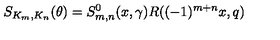
S _ { K _ { m } , K _ { n } } ( \theta ) = S _ { m , n } ^ { 0 } ( x , \gamma ) R ( ( - 1 ) ^ { m + n } x , q ) \,